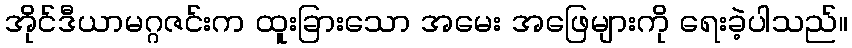
အိုင်ဒီယာမဂ္ဂဇင်းက ထူးခြားသော အမေး အဖြေများကို ရေးခဲ့ပါသည်။